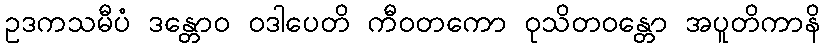
ဥဒကသမီပံ ဒန္တောဝ ဝဒါပေတိ ကီဝတကော ဝုသိတဝန္တော အပူတိကာနိ